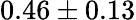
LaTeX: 0.46\pm 0.13